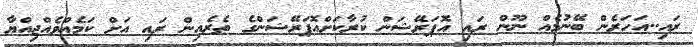
ރައި..އަހަރެން ބޭނުމެެއް ނޫން ރައި އޮޕަރޭޝަން ކުރާކަށްއޮޕަރޭޝަންގެ ތެރެއިން ރައި އަށް ކަމެއްވެއްޖިއްޔާ